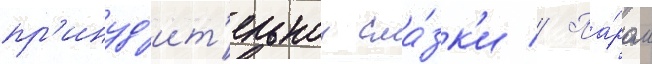
пр'инуд'ит'ельнои сма́зк'и // Па́ром